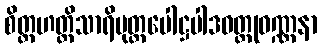
စိတ္တဟတ္ထိသာရိပုတ္တပေါဋ္ဌပါဒဝတ္ထုဝဏ္ဏနာ